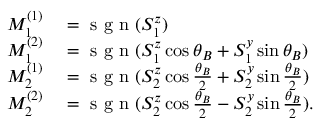
\begin{array} { r l } { M _ { 1 } ^ { ( 1 ) } } & { { } = \mathrm { ~ s ~ g ~ n ~ } ( S _ { 1 } ^ { z } ) } \\ { M _ { 1 } ^ { ( 2 ) } } & { { } = \mathrm { ~ s ~ g ~ n ~ } ( S _ { 1 } ^ { z } \cos \theta _ { B } + S _ { 1 } ^ { y } \sin \theta _ { B } ) } \\ { M _ { 2 } ^ { ( 1 ) } } & { { } = \mathrm { ~ s ~ g ~ n ~ } ( S _ { 2 } ^ { z } \cos \frac { \theta _ { B } } { 2 } + S _ { 2 } ^ { y } \sin \frac { \theta _ { B } } { 2 } ) } \\ { M _ { 2 } ^ { ( 2 ) } } & { { } = \mathrm { ~ s ~ g ~ n ~ } ( S _ { 2 } ^ { z } \cos \frac { \theta _ { B } } { 2 } - S _ { 2 } ^ { y } \sin \frac { \theta _ { B } } { 2 } ) . } \end{array}